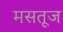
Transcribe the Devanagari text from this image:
मसतूज